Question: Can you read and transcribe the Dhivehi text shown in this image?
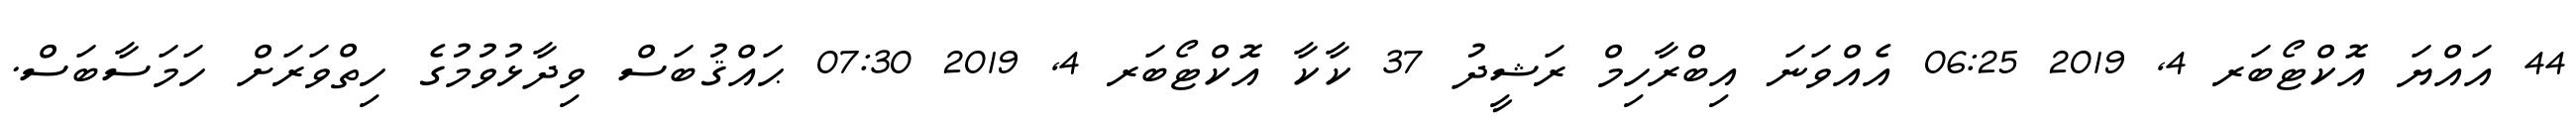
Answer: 44 އައްޔަ އޮކްޓޯބަރ 4, 2019 06:25 އެއްވަނަ އިބްރާހިމް ރަޝީދު 37 ކާކާ އޮކްޓޯބަރ 4, 2019 07:30 ޙައްޤުބަސް ވިދާޅުވުމުގެ ހިތްވަރަށް ހަމަސާބަސް.